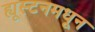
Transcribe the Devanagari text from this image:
ह्यूस्टनमधून